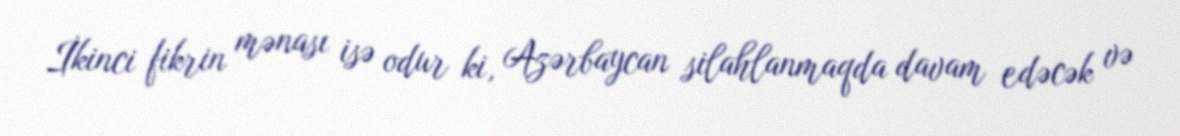
İkinci fikrin mənası isə odur ki, Azərbaycan silahlanmaqda davam edəcək və